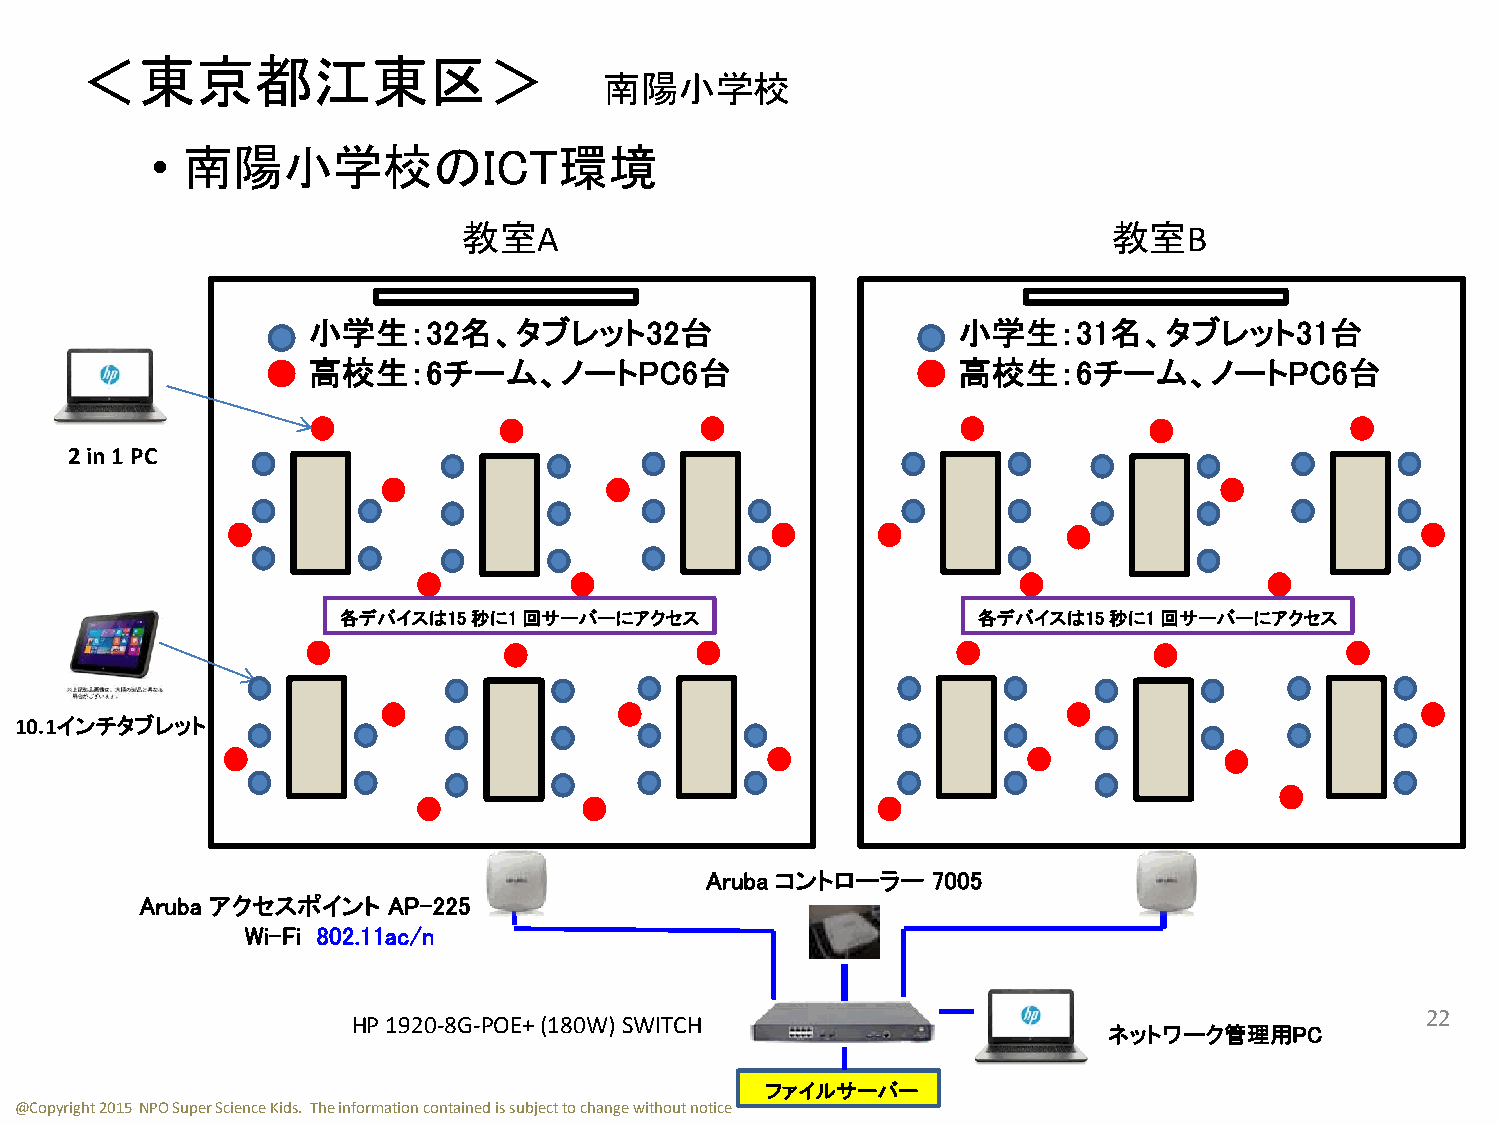
＜東京都江東区＞
 南陽小学校
 • 南陽小学校のICT環境
 教室A                                        教室B
 小学生：32名、タブレット32台                           小学生：31名、タブレット31台
 高校生：6チーム、ノートPC6台                           高校生：6チーム、ノートPC6台
 2 in 1 PC
 各デバイスは15 秒に1 回サーバーにアクセス                    各デバイスは15 秒に1 回サーバーにアクセス
 10.1インチタブレット
 Aruba コントローラー  7005
 Aruba アクセスポイント   AP-225
 Wi-Fi 802.11ac/n
 HP 1920-8G-POE+ (180W) SWITCH                                          22
 ネットワーク管理用PC
 ファイルサーバー
 @Copyright 2015 NPO Super Science Kids. The information contained is subject to change without notice